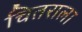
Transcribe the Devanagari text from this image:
चितराला